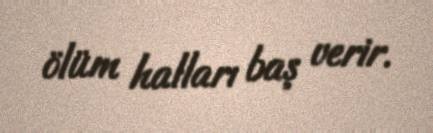
ölüm halları baş verir.